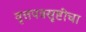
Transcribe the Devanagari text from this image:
वृत्तपत्रसृष्टीचा